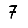
Digit: 7